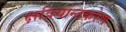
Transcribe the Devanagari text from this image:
क्षत्रियान्तकरेण